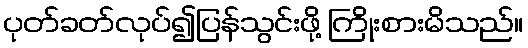
ပုတ်ခတ်လုပ်၍ပြန်သွင်းဖို့ ကြိုးစားမိသည်။